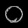
Digit: ၀